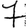
Digit: 7